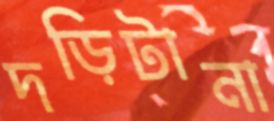
দড়িটানা